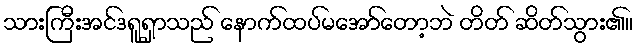
သားကြီးအင်ဒရူရှာသည် နောက်ထပ်မအော်တော့ဘဲ တိတ် ဆိတ်သွား၏။